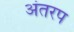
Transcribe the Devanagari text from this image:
अंतरप